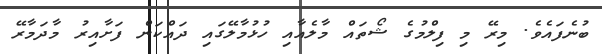
ބުނެފައެވެ. މިރޭ މި ފިލްމުގެ ޝޯތައް މާލެއާއި ހުޅުމާލޭގައި ދައްކަން ފަށާއިރު މާދަމާރޭ